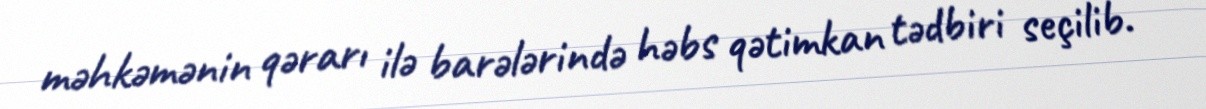
məhkəmənin qərarı ilə barələrində həbs qətimkan tədbiri seçilib.